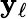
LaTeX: \mathbf{y}_{\ell}